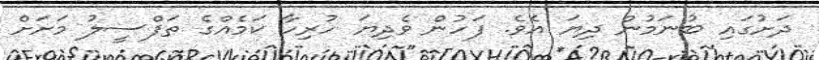
ދަށުގައި ބުނަމުން ދިޔަ އެވެ. ފަހުން ވެދިޔަ ހުރިހާ ކަމެއްގެ ތަފްސީލު މަށަށް